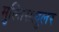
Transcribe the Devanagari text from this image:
मुल्तिसल्लुलर